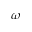
\omega